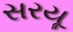
સરયૂ